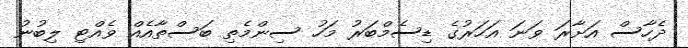
ދެހާސް އަށާރަ ވަނަ އަހަރުގެ ޑިސެމްބަރު މަހު ސިންމެތި ބަސްތާއެއް ވެއްޓި ލިބުނު